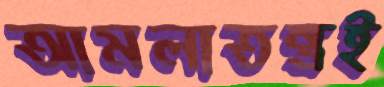
আমলাতন্ত্রই